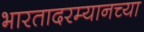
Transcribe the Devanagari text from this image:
भारतादरम्यानच्या